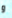
و